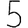
Digit: 5